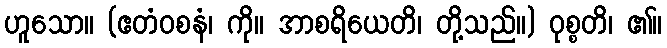
ဟူသော။ (ဧတံဝစနံ၊ ကို။ အာစရိယေတိ၊ တို့သည်။) ဝုစ္စတိ၊ ၏။